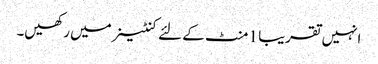
انہیں تقریبا 1 منٹ کے لئے کنٹینر میں رکھیں۔